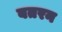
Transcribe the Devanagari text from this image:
बतरन